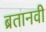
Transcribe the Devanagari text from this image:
ब्रतानवी